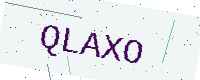
Text: QLAXO